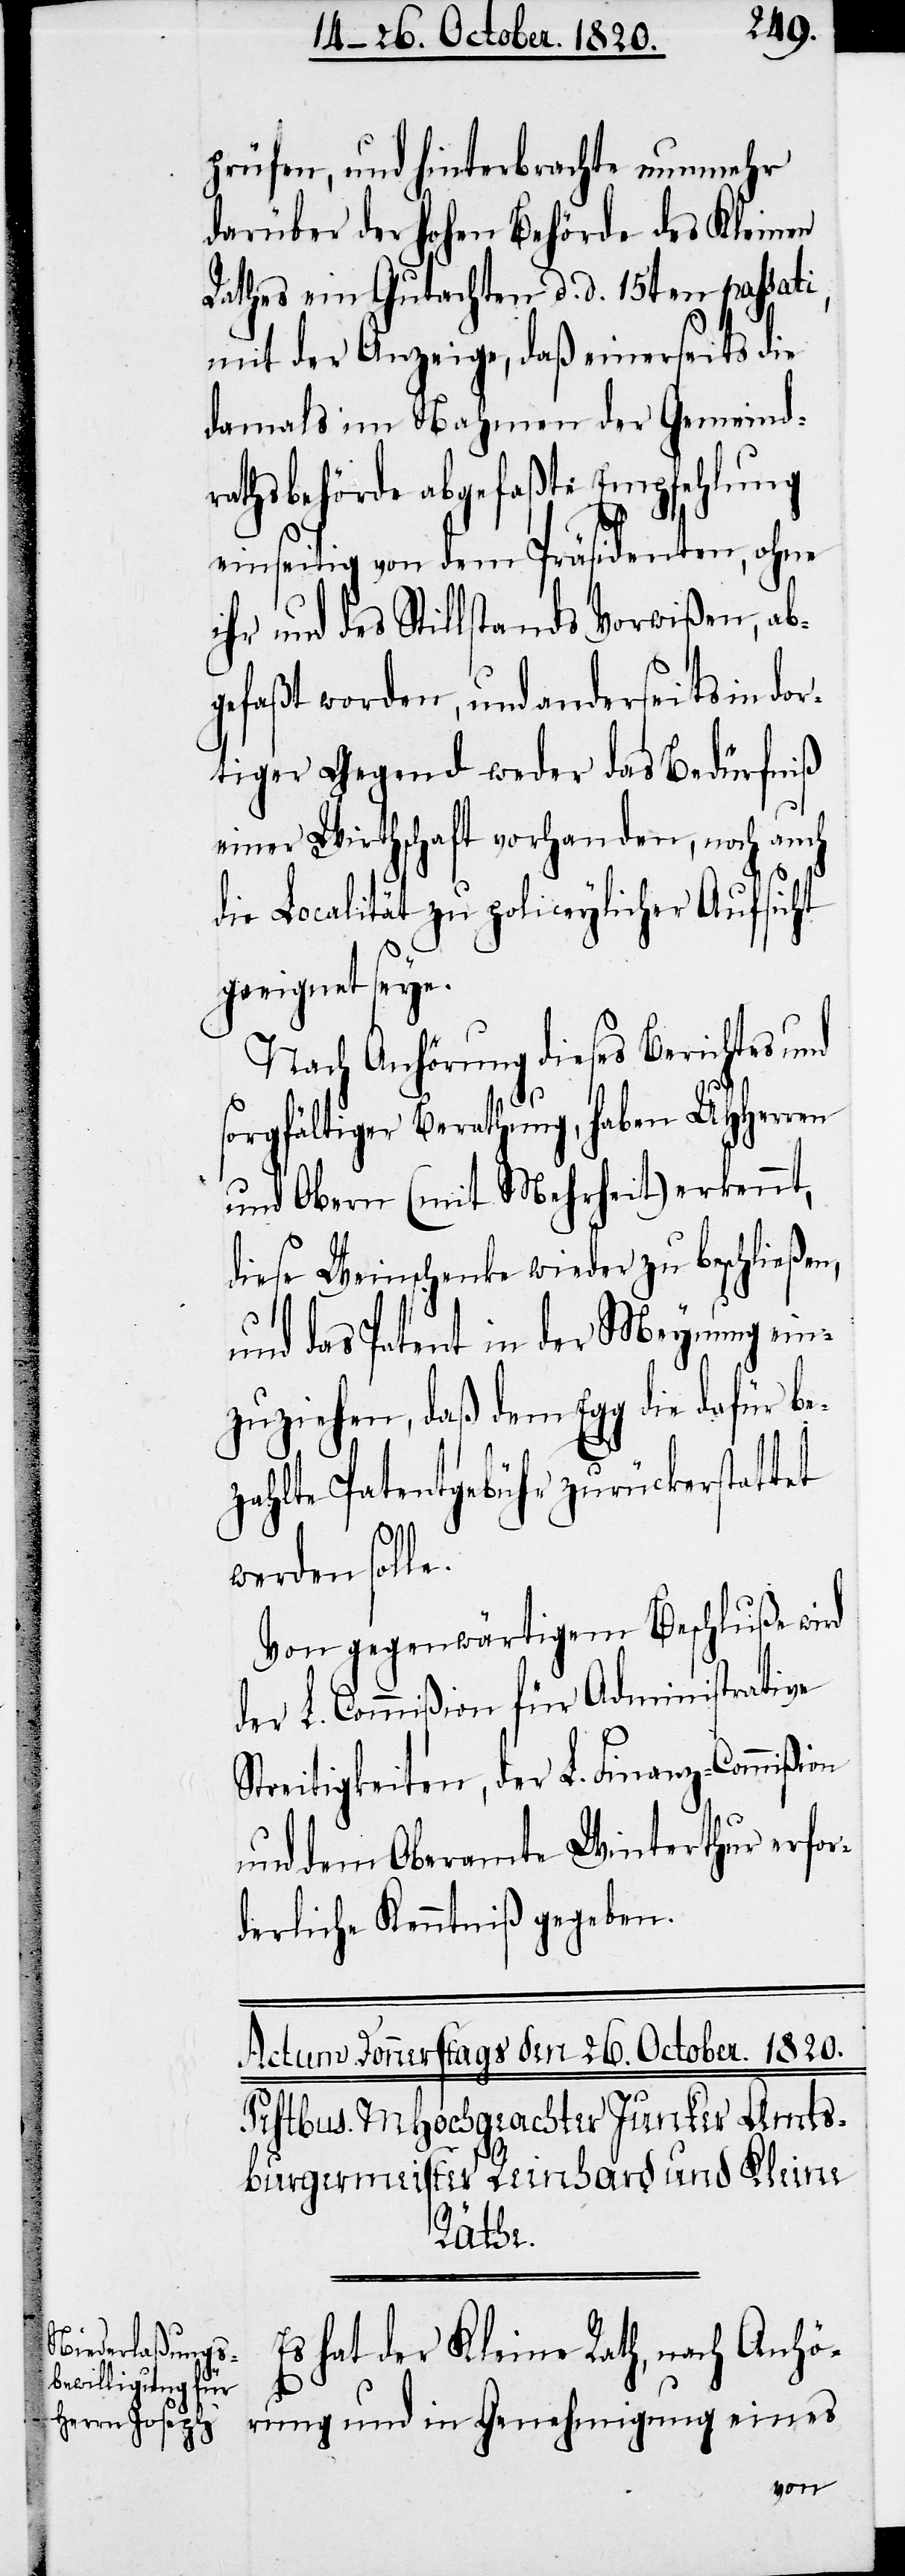
prüfen, und hinterbrachte nunmehr
darüber der hohen Behörde des Kleinen
Rathes ein Gutachten d. d. 15ten passati,
mit der Anzeige, daß einerseits die
damals im Nahmen der Gemeind¬
rathsbehörde abgefaßte Empfehlung
on
einseitig von dem Präsidenten, ohne
ihr und des Stillstands Vorwißen, ab¬
gefaßt worden, und anderseits in do¬
rtiger Gegend weder das Bedürfniß
einer Wirthschaft vorhanden, noch auch
die Localität zu policeylicher Aufsicht
geeignet seye.
Nach Anhörung dieses Berichtes und
sorgfältiger Berathung, haben UHHerren
und Obern (mit Mehrheit) erkennt,
diese Weinschenke wieder zu beschließen,
und das Patent in der Meynung ein¬
zuziehen, daß dem Egg die dafür be¬
zahlte Patengebühr zurückerstattet
werden solle.
Von gegenwärtigem Beschluße wird
der L. Commißion für Administrative
Streitigkeiten, der L. Finanz-Commißi¬
und dem Oberamte Winterthur erfor¬
derliche Kenntniß gegeben.
Es hat der Kleine Rath, nach Anhö¬
rung und in Genehmigung eines